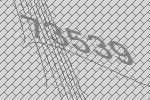
73539